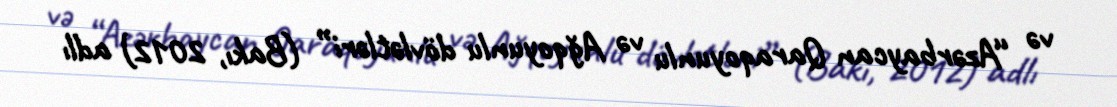
və “Azərbaycan Qaraqoyunlu və Ağqoyunlu dövlətləri” (Bakı, 2012) adlı